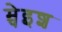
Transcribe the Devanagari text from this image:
म्चेइश